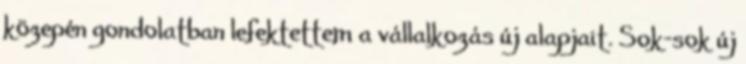
közepén gondolatban lefektettem a vállalkozás új alapjait. Sok-sok új